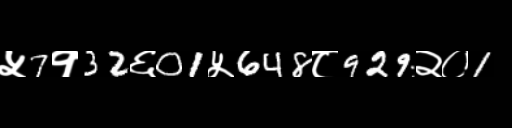
Text: ५7१32६01५648८929२०1